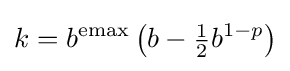
k=b^{\text{emax}}\left(b-{\tfrac {1}{2}}b^{1-p}\right)